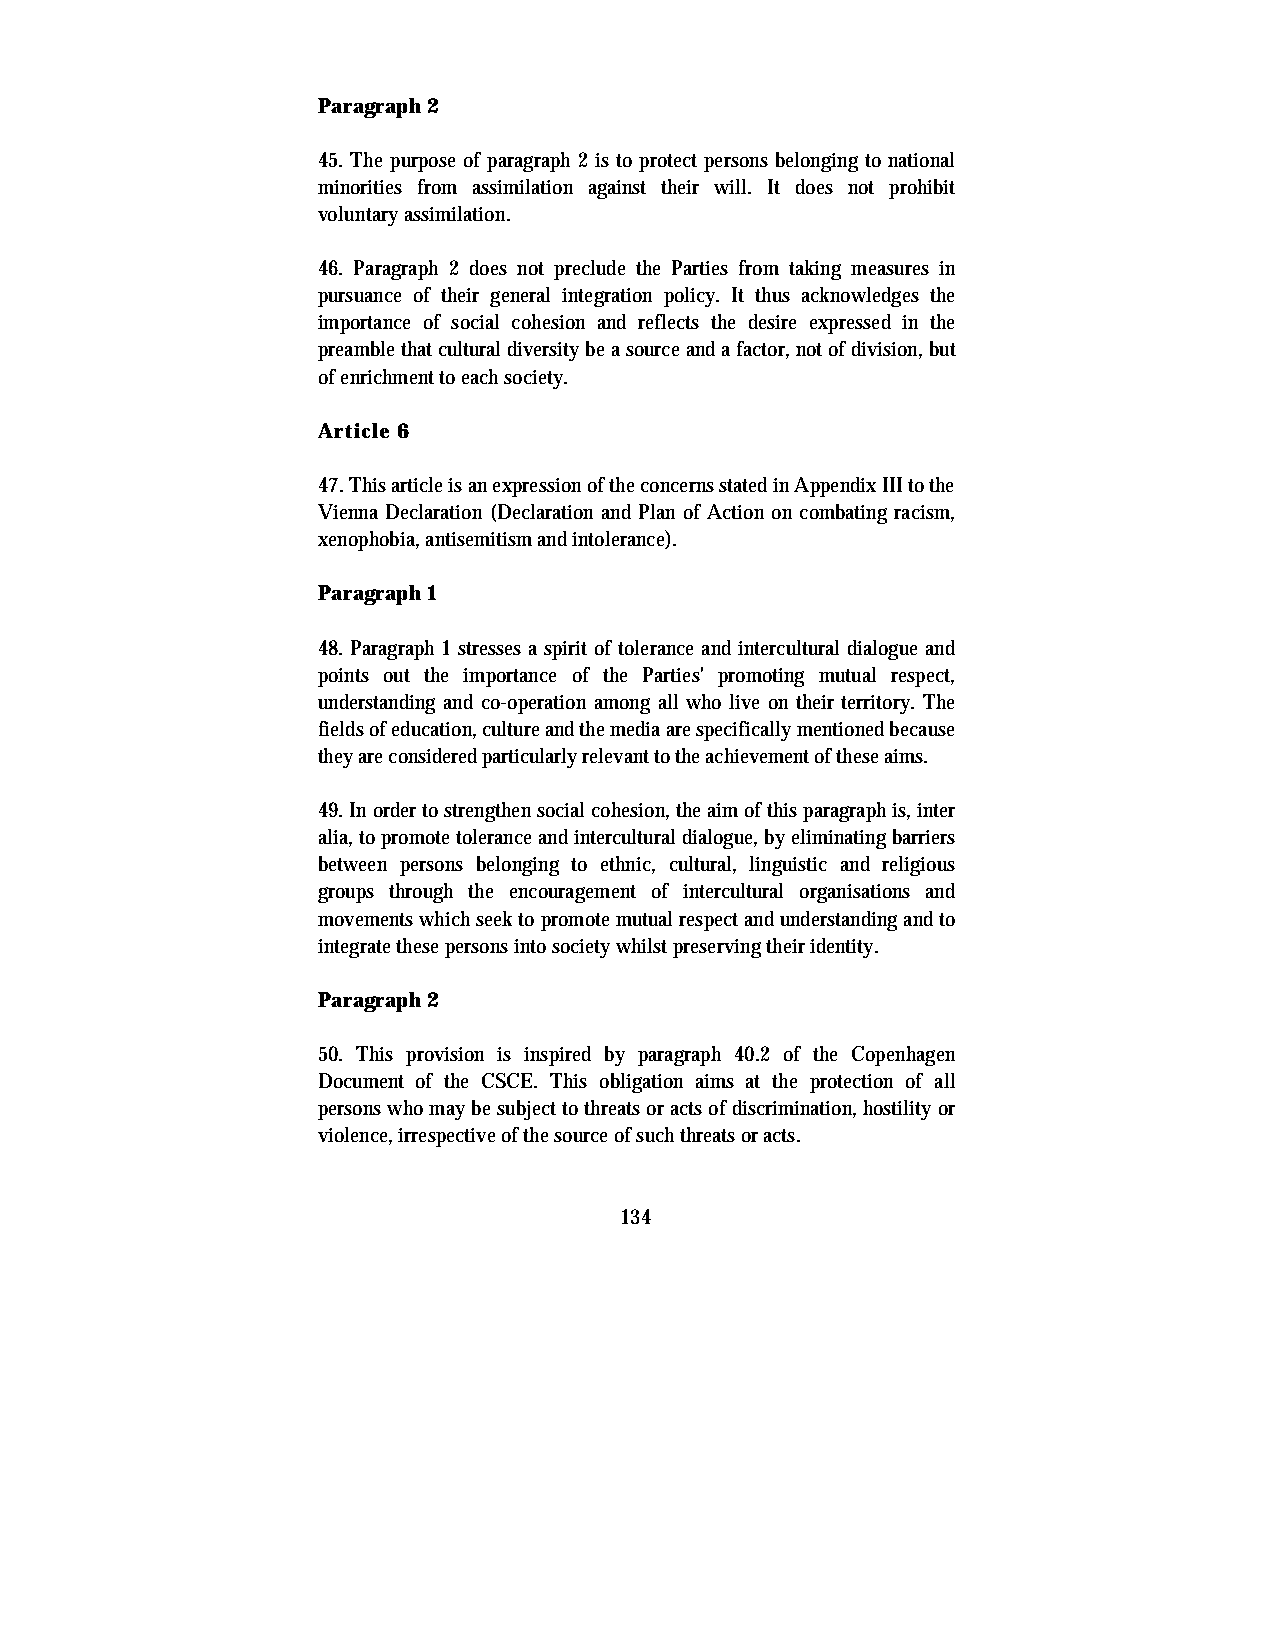
Paragraph 2
 45. The purpose of paragraph 2 is to protect persons belonging to national
 minorities from assimilation against their will. It does not prohibit
 voluntary assimilation.
 46. Paragraph 2 does not preclude the Parties from taking measures in
 pursuance of their general integration policy. It thus acknowledges the
 importance of social cohesion and reflects the desire expressed in the
 preamble that cultural diversity be a source and a factor, not of division, but
 of enrichment to each society.
 Article 6
 47. This article is an expression of the concerns stated in Appendix III to the
 Vienna Declaration (Declaration and Plan of Action on combating racism,
 xenophobia, antisemitism and intolerance).
 Paragraph 1
 48. Paragraph 1 stresses a spirit of tolerance and intercultural dialogue and
 points out the importance of the Parties' promoting mutual respect,
 understanding and co-operation among all who live on their territory. The
 fields of education, culture and the media are specifically mentioned because
 they are considered particularly relevant to the achievement of these aims.
 49. In order to strengthen social cohesion, the aim of this paragraph is, inter
 alia, to promote tolerance and intercultural dialogue, by eliminating barriers
 between persons belonging to ethnic, cultural, linguistic and religious
 groups through the encouragement of intercultural organisations and
 movements which seek to promote mutual respect and understanding and to
 integrate these persons into society whilst preserving their identity.
 Paragraph 2
 50. This provision is inspired by paragraph 40.2 of the Copenhagen
 Document of the CSCE. This obligation aims at the protection of all
 persons who may be subject to threats or acts of discrimination, hostility or
 violence, irrespective of the source of such threats or acts.
 134